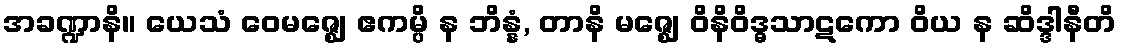
အခဏ္ဍာနိ။ ယေသံ ဝေမဇ္ဈေ ဧကမ္ပိ န ဘိန္နံ, တာနိ မဇ္ဈေ ဝိနိဝိဒ္ဓသာဋကော ဝိယ န ဆိဒ္ဒါနီတိ